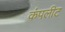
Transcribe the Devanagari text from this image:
कंपलीट